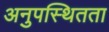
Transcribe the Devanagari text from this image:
अनुपस्थितता